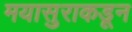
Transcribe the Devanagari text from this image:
मयासुराकडून